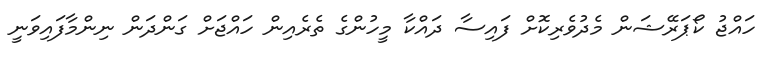
ހައްޖު ކޯޕަރޭޝަން މެދުވެރިކޮށް ފައިސާ ދައްކާ މީހުންގެ ތެރެއިން ހައްޖަށް ގަންދަން ނިންމާފައިވަނީ